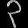
Digit: ၃